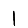
Digit: 1